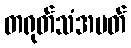
တရုတ်သံအမတ်